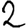
Digit: 2